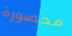
محصورة